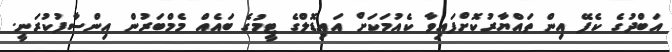
އަބްދުގެ ކެފޭ އިން ތައްޔާރުކޮށްފައިވާ ކެއުމަކަށް އައިޑޮލްގެ ޓީމުގެ ބައެއް މެމްބަރުން އިންސާފުކުރަނީ.